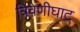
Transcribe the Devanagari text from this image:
त्रिवेणीघाट